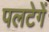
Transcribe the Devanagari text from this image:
पलटेगें